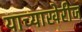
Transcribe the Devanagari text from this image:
याच्याखेरीज